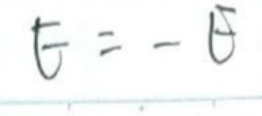
$t = - F$